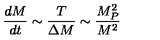
\frac { d M } { d t } \sim \frac { T } { \Delta M } \sim \frac { M _ { P } ^ { 2 } } { M ^ { 2 } }